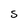
Character: S